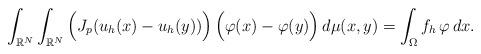
LaTeX: \begin{align*}\int_{\mathbb{R}^N}\int_{\mathbb{R}^N} \Big(J_p(u_h(x)-u_h(y))\Big)\,\Big(\varphi(x)-\varphi(y)\Big)\,d\mu(x,y)=\int_\Omega f_h\,\varphi\,dx.\end{align*}